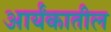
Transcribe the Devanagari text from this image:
आर्यंकातील